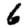
Digit: 6